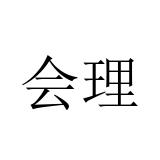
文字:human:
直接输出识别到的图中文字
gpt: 会理